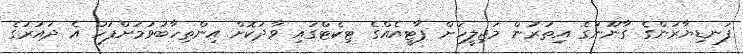
ފަނޑިޔާރުންގެ ގާނޫނުގެ އިތުރުން މަޖިލީހަށް ޕާޓީއެއްގެ ޓިކެޓްގައި ވާދަކޮށް އިންތިހާބުވުމަށްފަހު އެ ދައުރުގެ